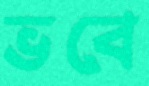
ভবে